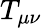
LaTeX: T_{\mu\nu}